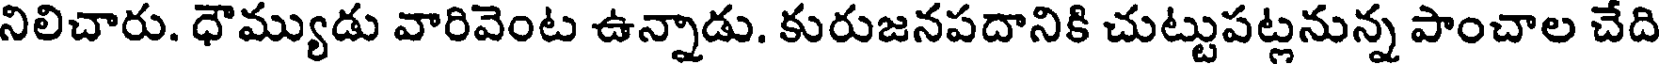
నిలిచారు. ధౌమ్యుడు వారివెంట ఉన్నాడు. కురుజనపదానికి చుట్టుపట్లనున్న పాంచాల చేది